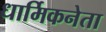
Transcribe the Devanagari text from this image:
धार्मिकनेता